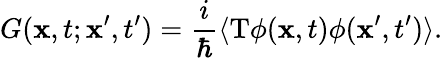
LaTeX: G({\mathbf x},t;{\mathbf x^{\prime}},t^{\prime})={\frac{i}{\hbar}}\langle\mathrm{T}\phi({\mathbf x},t)\phi({\mathbf x^{\prime}},t^{\prime})\rangle.